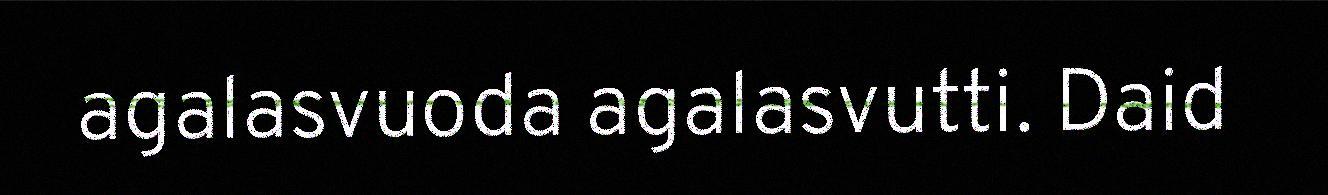
agalasvuoda agalasvutti. Daid